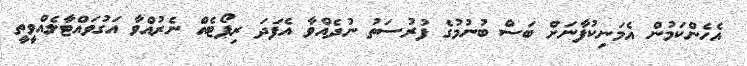
އެހެންކަމުން އެމަނިކުފާނަށް ބަސް ބުނުމުގެ ފުރުސަތު ނުދެއްވާ އެފަދަ ރިޕޯޓެއް ނެރުއްވާ އަގުވައްޓާލެއްވީތީ